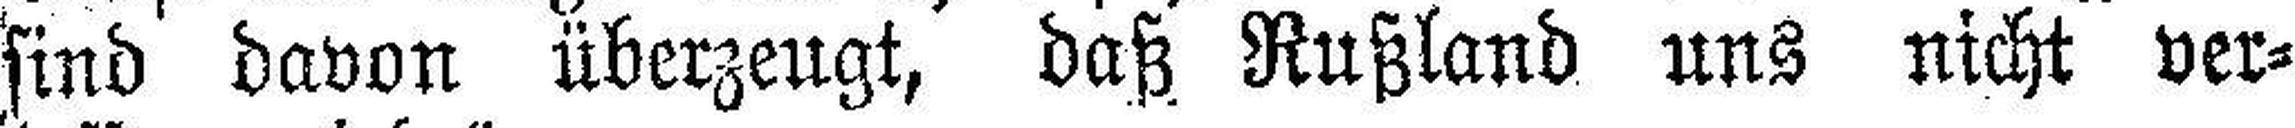
sind davon überzeugt, daß Rußland uns nicht ver¬